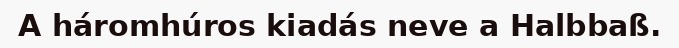
A háromhúros kiadás neve a Halbbaß.